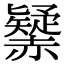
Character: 𧹾